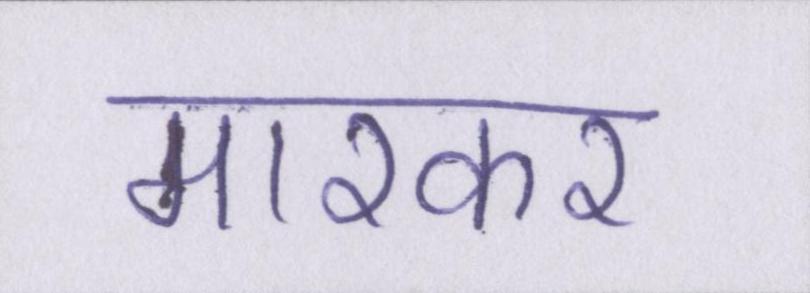
मारकर